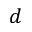
d